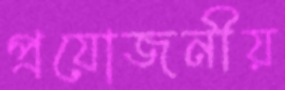
প্রযোজনীয়